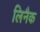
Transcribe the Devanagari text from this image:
लिनैक